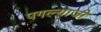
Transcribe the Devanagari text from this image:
पगल्याजी